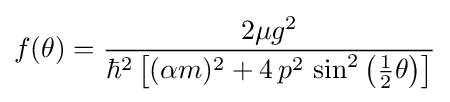
f(\theta )={\frac {2\mu g^{2}}{\hbar ^{2}\left[(\alpha m)^{2}+4\,p^{2}\,\sin ^{2}\left({{\frac {1}{2}}\theta }\right)\right]}}